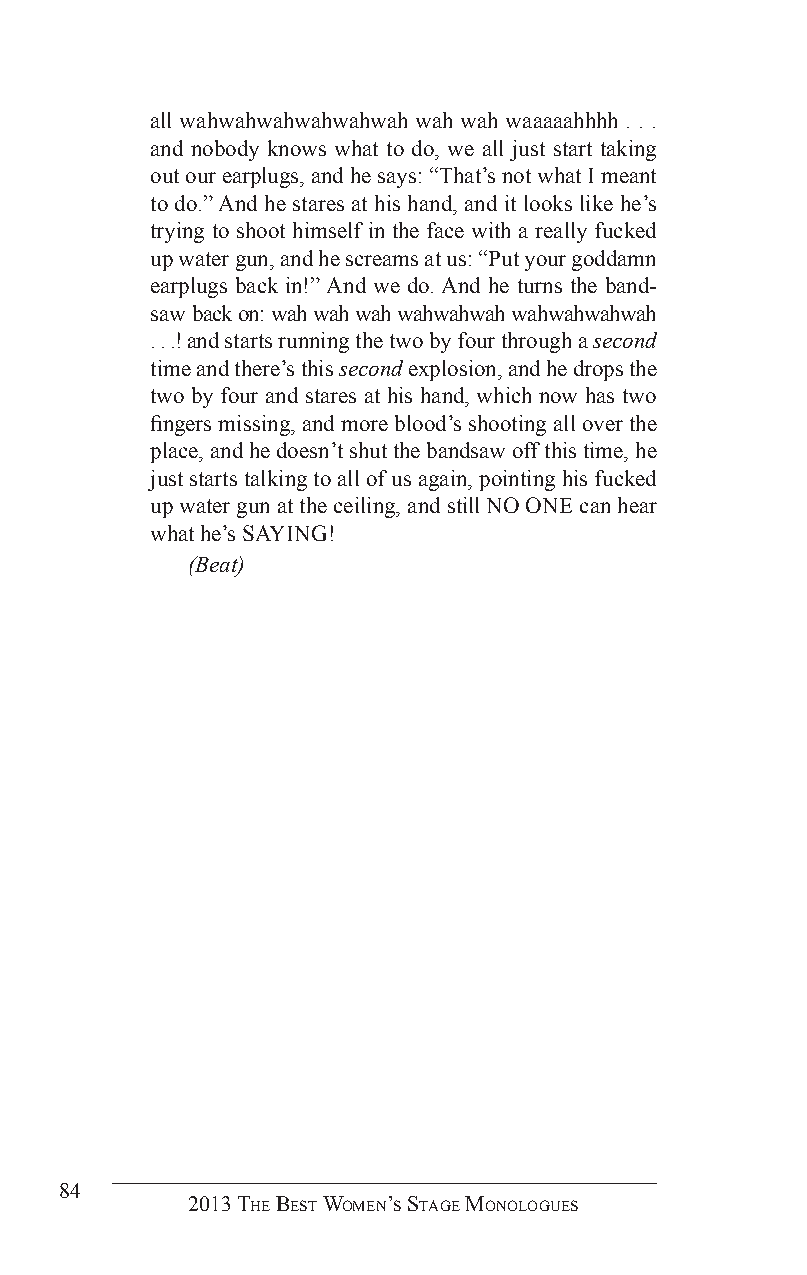
all wahwahwahwahwahwah wah wah waaaaahhhh . . .
 and nobody knows what to do, we all just start taking
 out our earplugs, and he says: “That’s not what I meant
 to do.” And he stares at his hand, and it looks like he’s
 trying to shoot himself in the face with a really fucked
 up water gun, and he screams at us: “Put your goddamn
 earplugs back in!” And we do. And he turns the band-
 saw back on: wah wah wah wahwahwah wahwahwahwah
 . . .! and starts running the two by four through a second
 time and there’s this second explosion, and he drops the
 two by four and stares at his hand, which now has two
 fingers missing, and more blood’s shooting all over the
 place, and he doesn’t shut the bandsaw off this time, he
 just starts talking to all of us again, pointing his fucked
 up water gun at the ceiling, and still NO ONE can hear
 what he’s SAYING!
 (Beat)
 84
 2013 The BesT Women’s sTage monologues